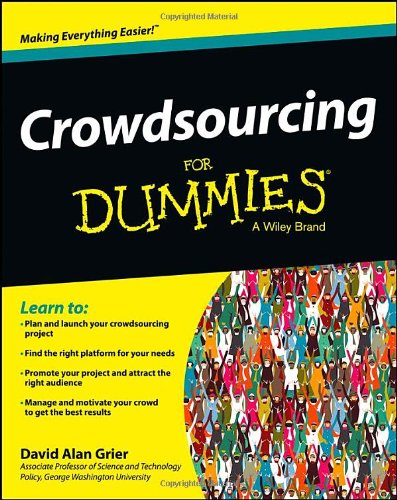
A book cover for Crowdsourcing For Dummies; David Alan Grier; Business & Money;